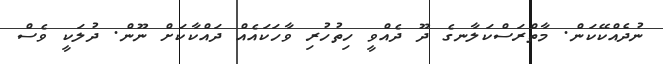
ނުދެއްކޭކަން. މާތްރަސްކަލާނގެ ދޫ ދެއްވީ ހިތުހުރި ވާހަކައެއް ދައްކާކަށް ނޫން. ދުލަކީ ވެސް